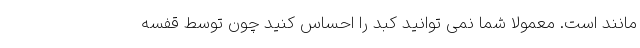
مانند است. معمولاً شما نمی توانید کبد را احساس کنید چون توسط قفسه